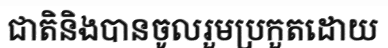
ជាតិនិងបានចូលរួមប្រកួតដោយ